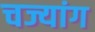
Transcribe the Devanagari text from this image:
चज्यांग